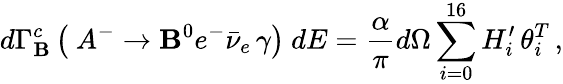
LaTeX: d\Gamma_{\mathbf{B}}^{c}\left(\ A^{-}\rightarrow\mathbf{B}^{0}e^{-}\bar{{\nu}}_{e}\, \gamma\right)\ dE=\frac{{\alpha}}{{\pi}}d\Omega\sum_{i=0}^{16}H_{i}^{\prime}\, \theta_{i}^{T}\, ,